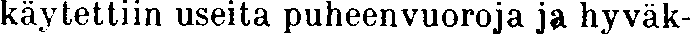
käytettiin useita puheenvuoroja ja hyväk-